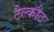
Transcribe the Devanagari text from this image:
टैल्कौट